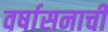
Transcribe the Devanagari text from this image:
वर्षासनाची